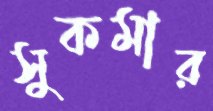
সুকমার